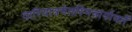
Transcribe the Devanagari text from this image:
वारियात्रमेतस्मिन्नार्यावर्तें